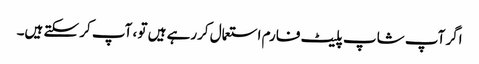
اگر آپ شاپ پلیٹ فارم استعمال کررہے ہیں تو ، آپ کر سکتے ہیں۔